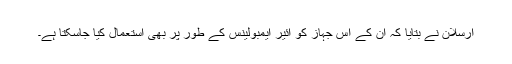
ارسلان نے بتایا کہ اُن کے اس جہاز کو ائیر ایمبولینس کے طور پر بھی استعمال کیا جاسکتا ہے۔